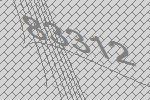
83312